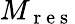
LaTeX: M_{\mathrm{~r~e~s~}}